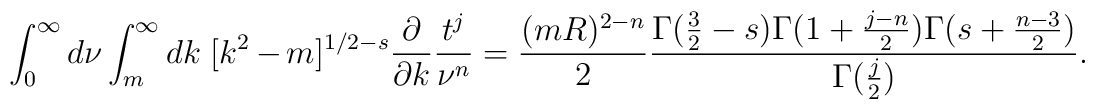
\int^\infty _0 d\nu\int^\infty_m dk\ [k^2 -m]^{1/2 -s} \frac{\partial}{\partial k} \frac{t^j}{\nu^n}=\frac{(mR)^{2-n}}2\frac{\Gamma (\frac32-s)\Gamma (1+\frac{j-n}2)\Gamma (s+\frac{n-3}2)}{\Gamma (\frac j2)}.